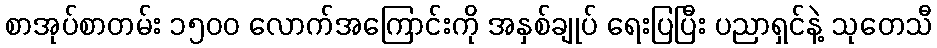
စာအုပ်စာတမ်း ၁၅၀၀ လောက်အကြောင်းကို အနှစ်ချုပ် ရေးပြပြီး ပညာရှင်နဲ့ သုတေသီ